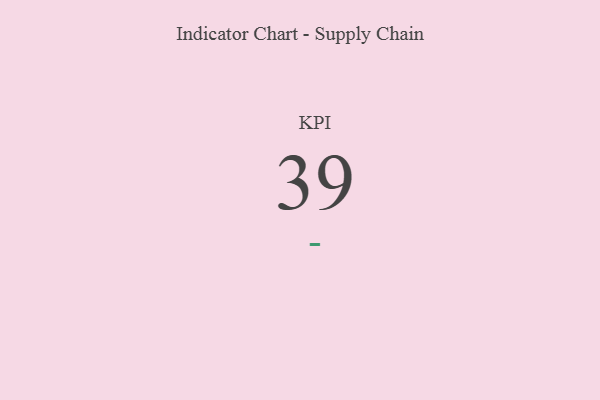
{"axis": {"x": "KPI", "y": "Value"}, "legend": [""], "data": [{"x": "KPI", "y": 39, "type": ""}]}